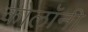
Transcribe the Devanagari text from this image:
कोलॉनी